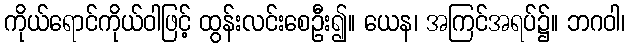
ကိုယ်ရောင်ကိုယ်ဝါဖြင့် ထွန်းလင်းစေဦး၍။ ယေန၊ အကြင်အရပ်၌။ ဘဂဝါ၊